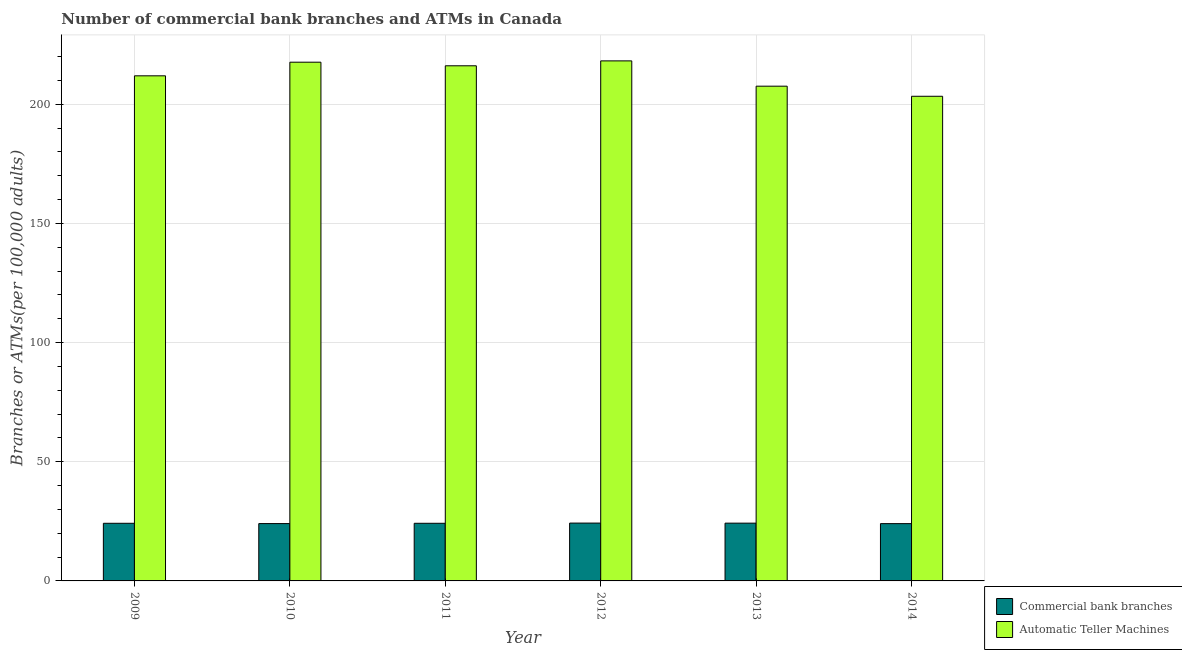
| Year | Commercial bank branches | Automatic Teller Machines |
 | --- | --- | --- |
 | 2009 | 24.2 | 212 |
 | 2010 | 24.1 | 218 |
 | 2011 | 24.2 | 216 |
 | 2012 | 24.3 | 218 |
 | 2013 | 24.2 | 208 |
 | 2014 | 24 | 203 |